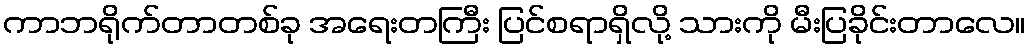
ကာဘရိုက်တာတစ်ခု အရေးတကြီး ပြင်စရာရှိလို့ သားကို မီးပြခိုင်းတာလေ။